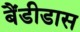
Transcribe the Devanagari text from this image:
बैंडीडास